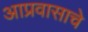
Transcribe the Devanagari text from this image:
आप्रवासाचे